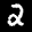
Label: 2